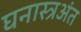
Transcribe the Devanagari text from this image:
घनास्त्रअंत